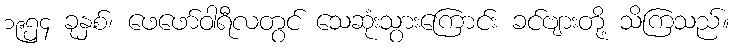
၁၉၅၄ ခုနှစ်၊ ဖေဖော်ဝါရီလတွင် သေဆုံးသွားကြောင်း ခင်ဗျားတို့ သိကြသည်။